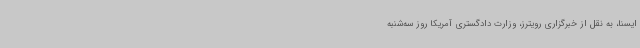
ایسنا، به نقل از خبرگزاری رویترز، وزارت دادگستری آمریکا روز سه‌شنبه